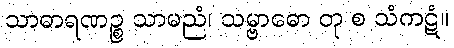
သာဓာရဏဉ္စ သာမညံ၊ သမ္ဗာဓော တု စ သံကဋံ။